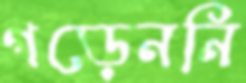
গড়েননি